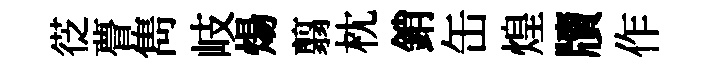
徔瞢雋岐煬翦枕銷缶煌牘作